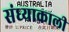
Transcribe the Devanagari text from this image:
संध्याकाली